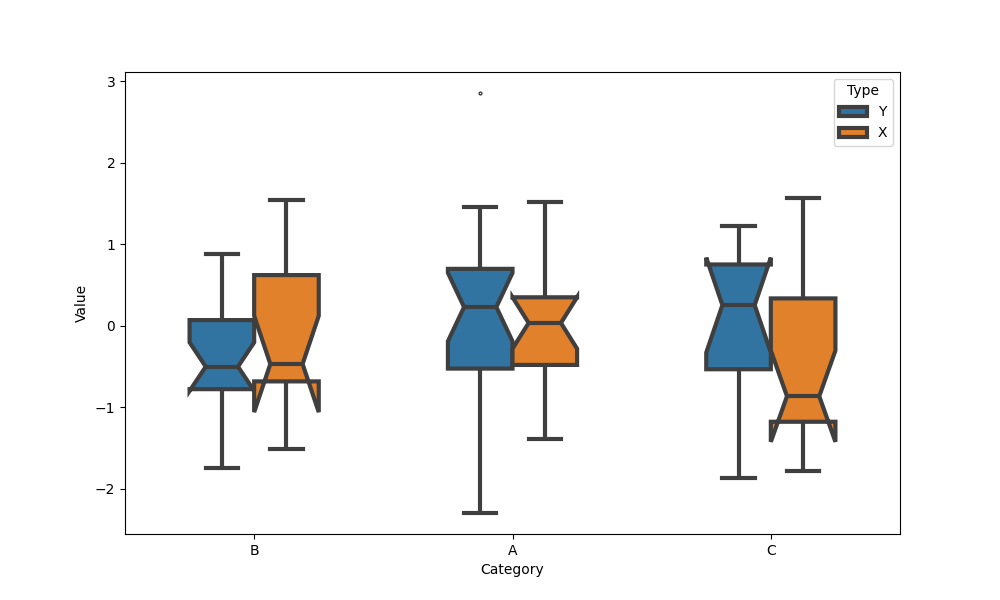
python, seaborn, boxplot, width=0.5, linewidth=3, fliersize=2, notch=True